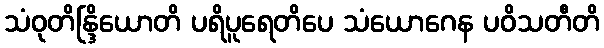
သံဝုတိန္ဒြိယောတိ ပရိပူရေတိပေ သံယောဂေန ပဝိသတီတိ